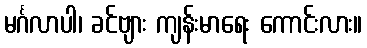
မင်္ဂလာပါ၊ ခင်ဗျား ကျန်းမာရေး ကောင်းလား။